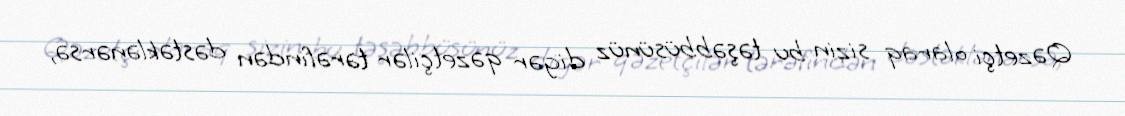
Qəzetçi olaraq sizin bu təşəbbüsünüz digər qəzetçilər tərəfindən dəstəklənərsə,